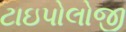
ટાઇપોલોજી